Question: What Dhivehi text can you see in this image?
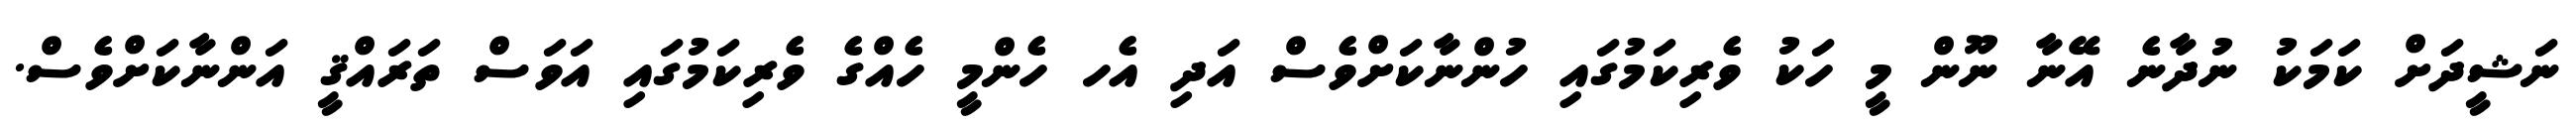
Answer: ނަޝީދަށް ކަމަކު ނުދާނެ އޭނާ ނޫން މީ ހަކު ވެރިކަމުގައި ހުންނާކަށްވެސް އަދި އެހ ހެންމީ ހެއްގެ ވެރިކަމުގައި އަވަސް ތަރައްޤީ އަންނާކަށްވެސް.